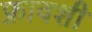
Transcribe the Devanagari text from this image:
फ़्रावशी